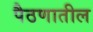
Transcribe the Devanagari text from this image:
पैठणातील